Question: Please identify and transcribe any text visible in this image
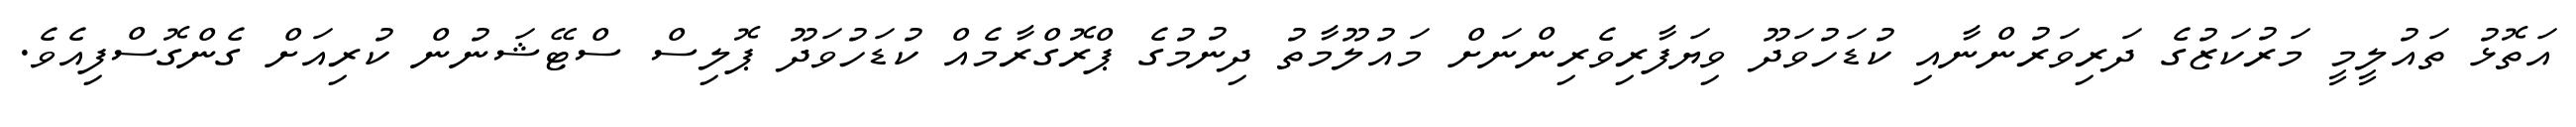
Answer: އަތޮޅު ތައުލީމީ މަރުކަޒުގެ ދަރިވަރުންނާއި ކުޑަހުވަދޫ ވިޔަފާރިވެރިންނަށް މައުލޫމާތު ދިނުމުގެ ޕްރޮގްރާމެއް ކުޑަހުވަދޫ ޕޮލިސް ސްޓޭޝަނުން ކުރިއަށް ގެންގޮސްފިއެވެ.